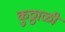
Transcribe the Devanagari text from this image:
कुठ्ठाळी